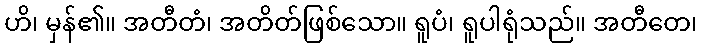
ဟိ၊ မှန်၏။ အတီတံ၊ အတိတ်ဖြစ်သော။ ရူပံ၊ ရူပါရုံသည်။ အတီတေ၊